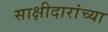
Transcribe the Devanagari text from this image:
साक्षीदारांच्या